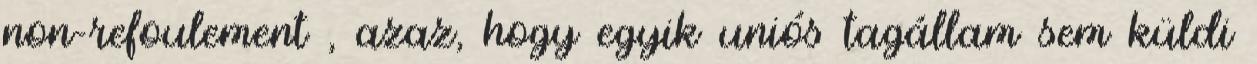
non-refoulement , azaz, hogy egyik uniós tagállam sem küldi